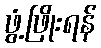
ဖွံ့ဖြိုးရန်